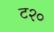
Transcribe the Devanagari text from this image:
ट२०